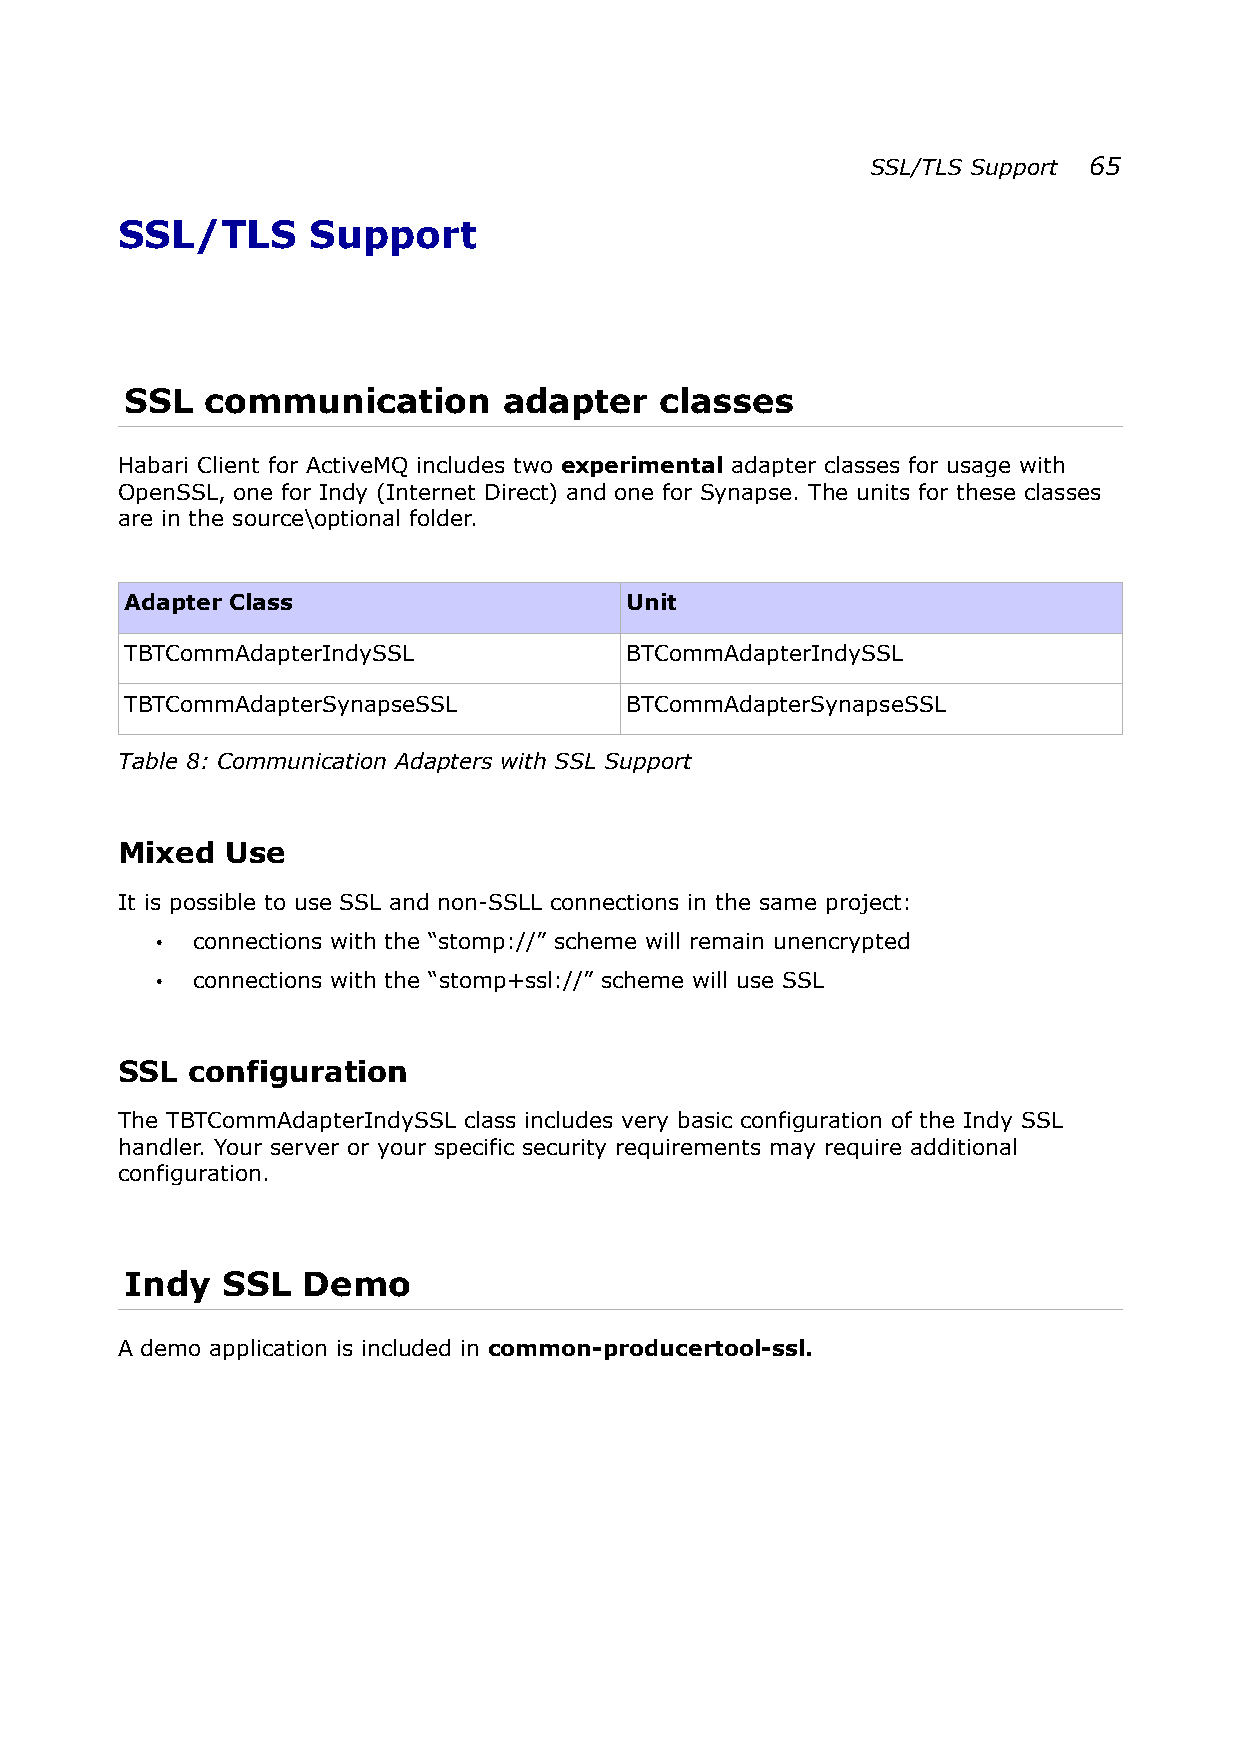
SSL/TLS Support 65
 SSL/TLS      Support
 SSL   communication      adapter    classes
 Habari Client for ActiveMQ includes two experimental adapter classes for usage with
 OpenSSL, one for Indy (Internet Direct) and one for Synapse. The units for these classes
 are in the source\optional folder.
 Adapter Class                    Unit
 TBTCommAdapterIndySSL            BTCommAdapterIndySSL
 TBTCommAdapterSynapseSSL         BTCommAdapterSynapseSSL
 Table 8: Communication Adapters with SSL Support
 Mixed  Use
 It is possible to use SSL and non-SSLL connections in the same project:
 •  connections with the “stomp://” scheme will remain unencrypted
 •  connections with the “stomp+ssl://” scheme will use SSL
 SSL configuration
 The TBTCommAdapterIndySSL class includes very basic configuration of the Indy SSL
 handler. Your server or your specific security requirements may require additional
 configuration.
 Indy   SSL  Demo
 A demo application is included in common-producertool-ssl.